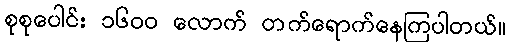
စုစုပေါင်း ၁၆၀၀ လောက် တက်ရောက်နေကြပါတယ်။